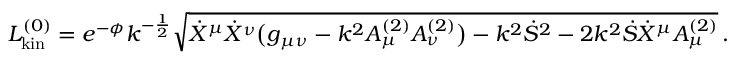
{ \cal L } _ { \mathrm { k i n } } ^ { ( 0 ) } = e ^ { - \phi } k ^ { - { \frac { 1 } { 2 } } } \sqrt { \dot { X } ^ { \mu } \dot { X } ^ { \nu } \bigl ( g _ { \mu \nu } - k ^ { 2 } A _ { \mu } ^ { ( 2 ) } A _ { \nu } ^ { ( 2 ) } \bigr ) - k ^ { 2 } { \dot { S } } ^ { 2 } - 2 k ^ { 2 } \dot { S } { \dot { X } } ^ { \mu } A _ { \mu } ^ { ( 2 ) } } \, .